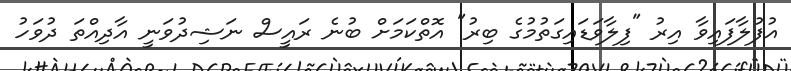
އުފުލާފައިވާ އިރު "ފިލާވަޑައިގަތުމުގެ ބިރު" އޮތްކަމަށް ބުނެ ރައީސް ނަޝިދުވަނީ އާދިއްތަ ދުވަހު